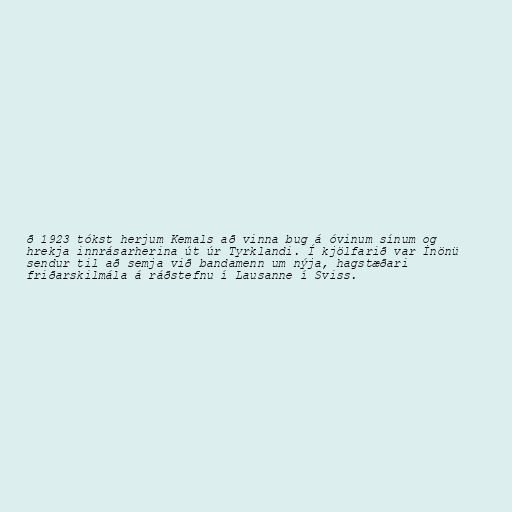
ð 1923 tókst herjum Kemals að vinna bug á óvinum sínum og
hrekja innrásarherina út úr Tyrklandi. Í kjölfarið var İnönü
sendur til að semja við bandamenn um nýja, hagstæðari
friðarskilmála á ráðstefnu í Lausanne í Sviss.